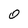
Character: 0